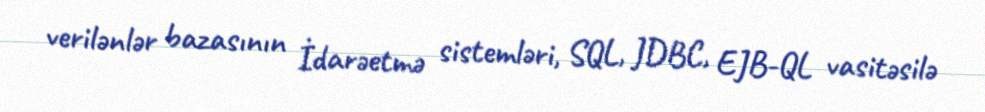
verilənlər bazasının İdarəetmə sistemləri, SQL, JDBC, EJB-QL vasitəsilə